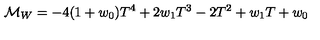
{ \cal M } _ { W } = - 4 ( 1 + w _ { 0 } ) T ^ { 4 } + 2 w _ { 1 } T ^ { 3 } - 2 T ^ { 2 } + w _ { 1 } T + w _ { 0 }